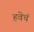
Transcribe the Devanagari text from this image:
हवेचं